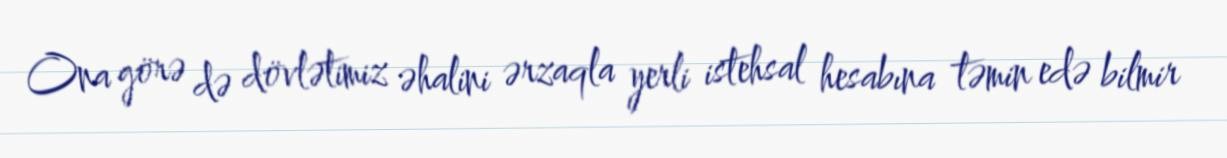
Ona görə də dövlətimiz əhalini ərzaqla yerli istehsal hesabına təmin edə bilmir